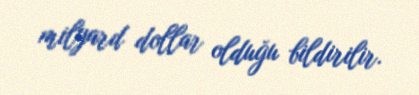
milyard dollar olduğu bildirilir.